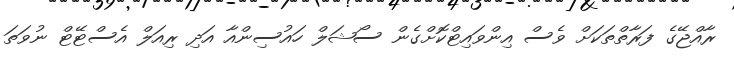
ރާއްޖޭގެ ފަރާތްތަކަށް ވެސް އިންވައިޓްކޮށްގެން ސޯޝަލް ހައުސިންއާ އަދި ރިއަލް އެސްޓޭޓް ނުވަތަ